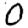
Digit: 0